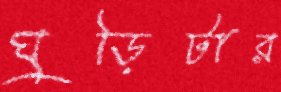
ঘুড়িটার